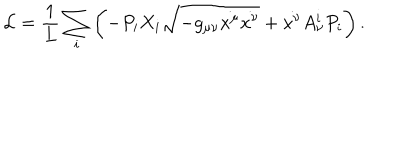
\mathcal { L } = \frac { 1 } { L } \sum _ { i } \left( - P _ { i } X _ { i } \sqrt { - g _ { \mu \nu } \dot { x ^ { \mu } } \dot { x ^ { \nu } } } + \dot { x ^ { \nu } } A _ { \nu } ^ { i } P _ { i } \right) .